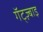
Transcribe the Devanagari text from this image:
गॅट्ज़्बाइ